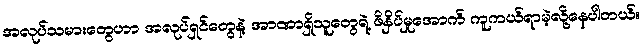
အလုပ်သမားတွေဟာ အလုပ်ရှင်တွေနဲ့ အာဏာရှိသူတွေရဲ့ ဖိနှိပ်မှုအောက် ကူကယ်ရာမဲ့လို့နေပါတယ်။